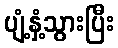
ပျံ့နှံ့သွားပြီး